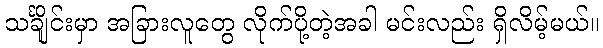
သင်္ချိုင်းမှာ အခြားလူတွေ လိုက်ပို့တဲ့အခါ မင်းလည်း ရှိလိမ့်မယ်။